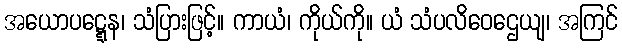
အယောပဋ္ဋေန၊ သံပြားဖြင့်။ ကာယံ၊ ကိုယ်ကို။ ယံ သံပလိဝေဌေယျ၊ အကြင်